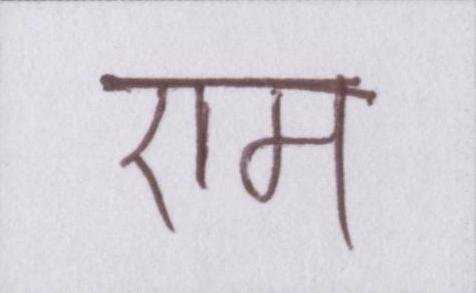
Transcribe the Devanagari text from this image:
एम